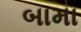
બામા